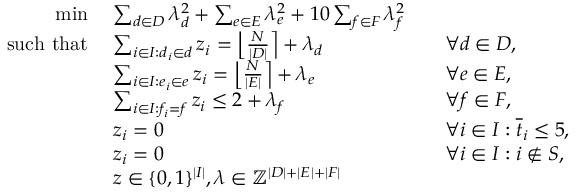
\begin{array} { r l r l } { \operatorname* { m i n } \; } & { \sum _ { d \in D } \lambda _ { d } ^ { 2 } + \sum _ { e \in E } \lambda _ { e } ^ { 2 } + 1 0 \sum _ { f \in F } \lambda _ { f } ^ { 2 } } \\ { \mathrm { s u c h ~ t h a t } \; } & { \sum _ { i \in I : d _ { i } \in d } z _ { i } = \left\lfloor \frac { N } { \vert D \vert } \right\rceil + \lambda _ { d } } & & { \forall d \in D , } \\ & { \sum _ { i \in I : e _ { i } \in e } z _ { i } = \left\lfloor \frac { N } { \vert E \vert } \right\rceil + \lambda _ { e } } & & { \forall e \in E , } \\ & { \sum _ { i \in I : f _ { i } = f } z _ { i } \leq 2 + \lambda _ { f } } & & { \forall f \in F , } \\ & { z _ { i } = 0 } & & { \forall i \in I : \overline { { t } } _ { i } \leq 5 , } \\ & { z _ { i } = 0 } & & { \forall i \in I : i \not \in S , } \\ & { z \in \{ 0 , 1 \} ^ { \vert I \vert } , \lambda \in \mathbb { Z } ^ { \vert D \vert + \vert E \vert + \vert F \vert } } \end{array}